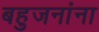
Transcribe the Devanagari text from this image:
बहुजनांना